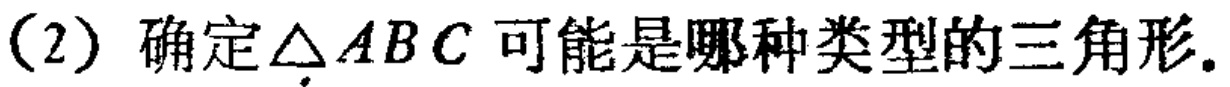
(2) 确定$\triangle ABC$可能是哪种类型的三角形.